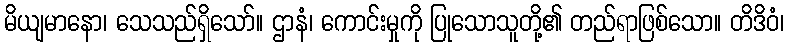
မိယျမာနော၊ သေသည်ရှိသော်။ ဌာနံ၊ ကောင်းမှုကို ပြုသောသူတို့၏ တည်ရာဖြစ်သော။ တိဒိဝံ၊